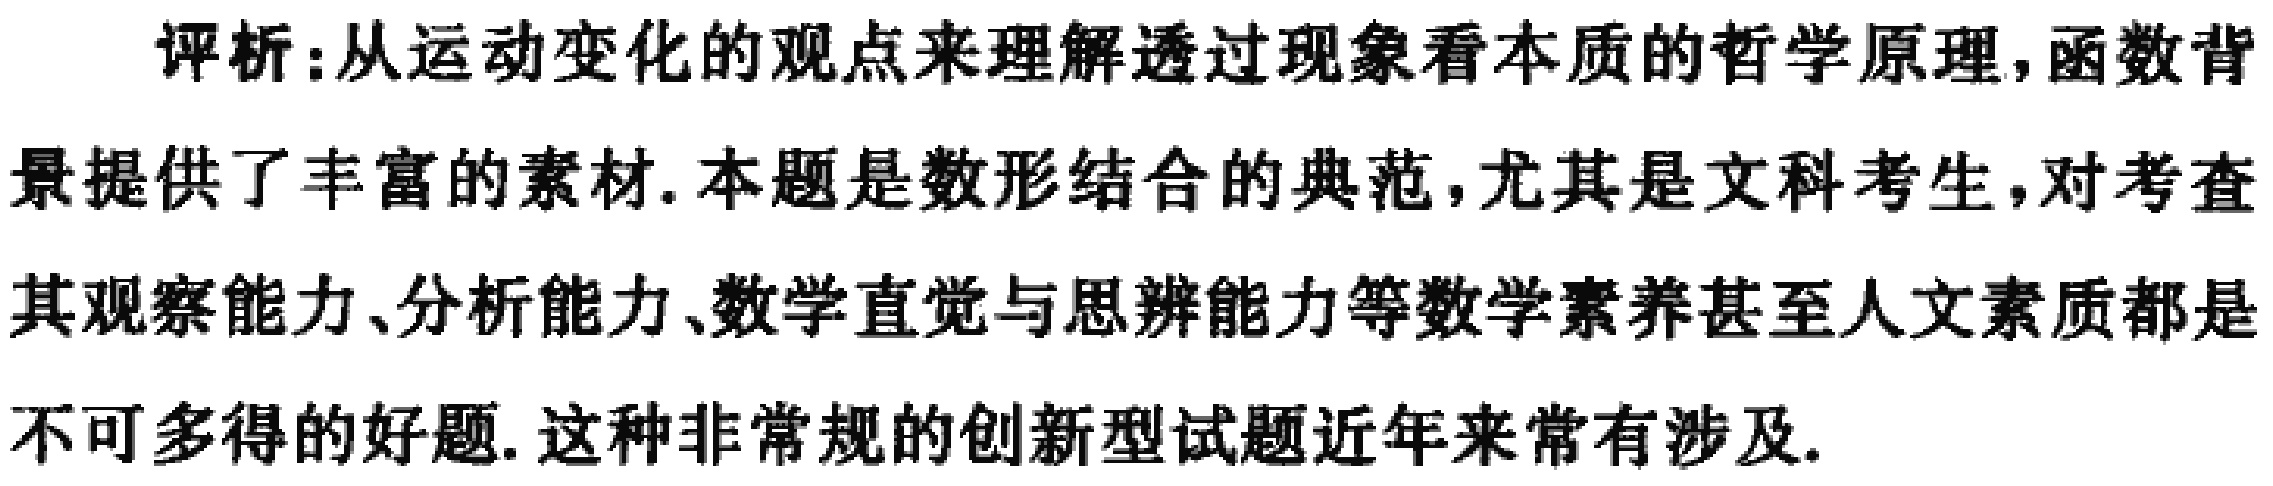
评析：从运动变化的观点来理解透过现象看本质的哲学原理，函数背景提供了丰富的素材. 本题是数形结合的典范，尤其是文科考生，对考查其观察能力、分析能力、数学直觉与思辨能力等数学素养甚至人文素质都是不可多得的好题. 这种非常规的创新型试题近年来常有涉及.